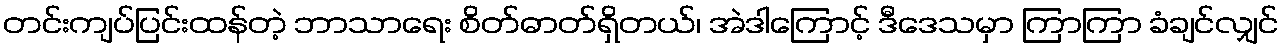
တင်းကျပ်ပြင်းထန်တဲ့ ဘာသာရေး စိတ်ဓာတ်ရှိတယ်၊ အဲဒါကြောင့် ဒီဒေသမှာ ကြာကြာ ခံချင်လျှင်